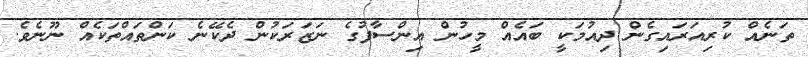
ތަނެއް ކުރިއަރައިގެން ދިއުމަކީ ބައެއް މީހުން އިންސާފުގެ ނަޒަރަކުން ދެކޭނެ ކަންތައްތަކެއް ނޫނެވެ.